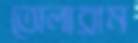
তোলারাম